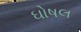
ઘોષલ